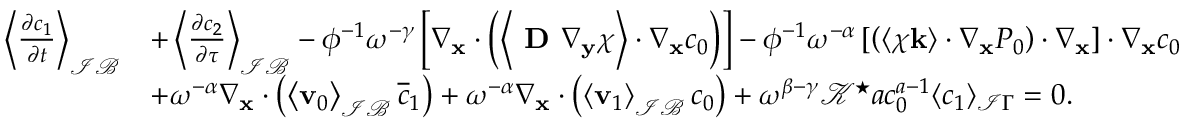
\begin{array} { r l } { \left\langle \frac { \partial c _ { 1 } } { \partial t } \right\rangle _ { \mathcal { I B } } } & { + \left\langle \frac { \partial c _ { 2 } } { \partial \tau } \right\rangle _ { \mathcal { I B } } - \phi ^ { - 1 } \omega ^ { - \gamma } \left[ \nabla _ { \mathbf { x } } \cdot \left( \left\langle \textbf { D } \nabla _ { \mathbf y } \boldsymbol \chi \right\rangle \cdot \nabla _ { \mathbf x } c _ { 0 } \right) \right] - \phi ^ { - 1 } \omega ^ { - \alpha } \left[ \left( \left\langle \boldsymbol \chi \mathbf k \right\rangle \cdot \nabla _ { \mathbf x } P _ { 0 } \right) \cdot \nabla _ { \mathbf x } \right] \cdot \nabla _ { \mathbf x } c _ { 0 } } \\ & { + \omega ^ { - \alpha } \nabla _ { \mathbf x } \cdot \left( \left\langle \mathbf v _ { 0 } \right\rangle _ { \mathcal { I B } } \overline { { c } } _ { 1 } \right) + \omega ^ { - \alpha } \nabla _ { \mathbf x } \cdot \left( \left\langle \mathbf v _ { 1 } \right\rangle _ { \mathcal { I B } } c _ { 0 } \right) + \omega ^ { \beta - \gamma } \mathcal { K ^ { \star } } a c _ { 0 } ^ { a - 1 } \langle c _ { 1 } \rangle _ { \mathcal I \Gamma } = 0 . } \end{array}